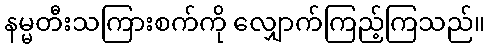
နမ္မတီးသကြားစက်ကို လျှောက်ကြည့်ကြသည်။